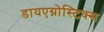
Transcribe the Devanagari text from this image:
डायएग्नोस्टिक्स